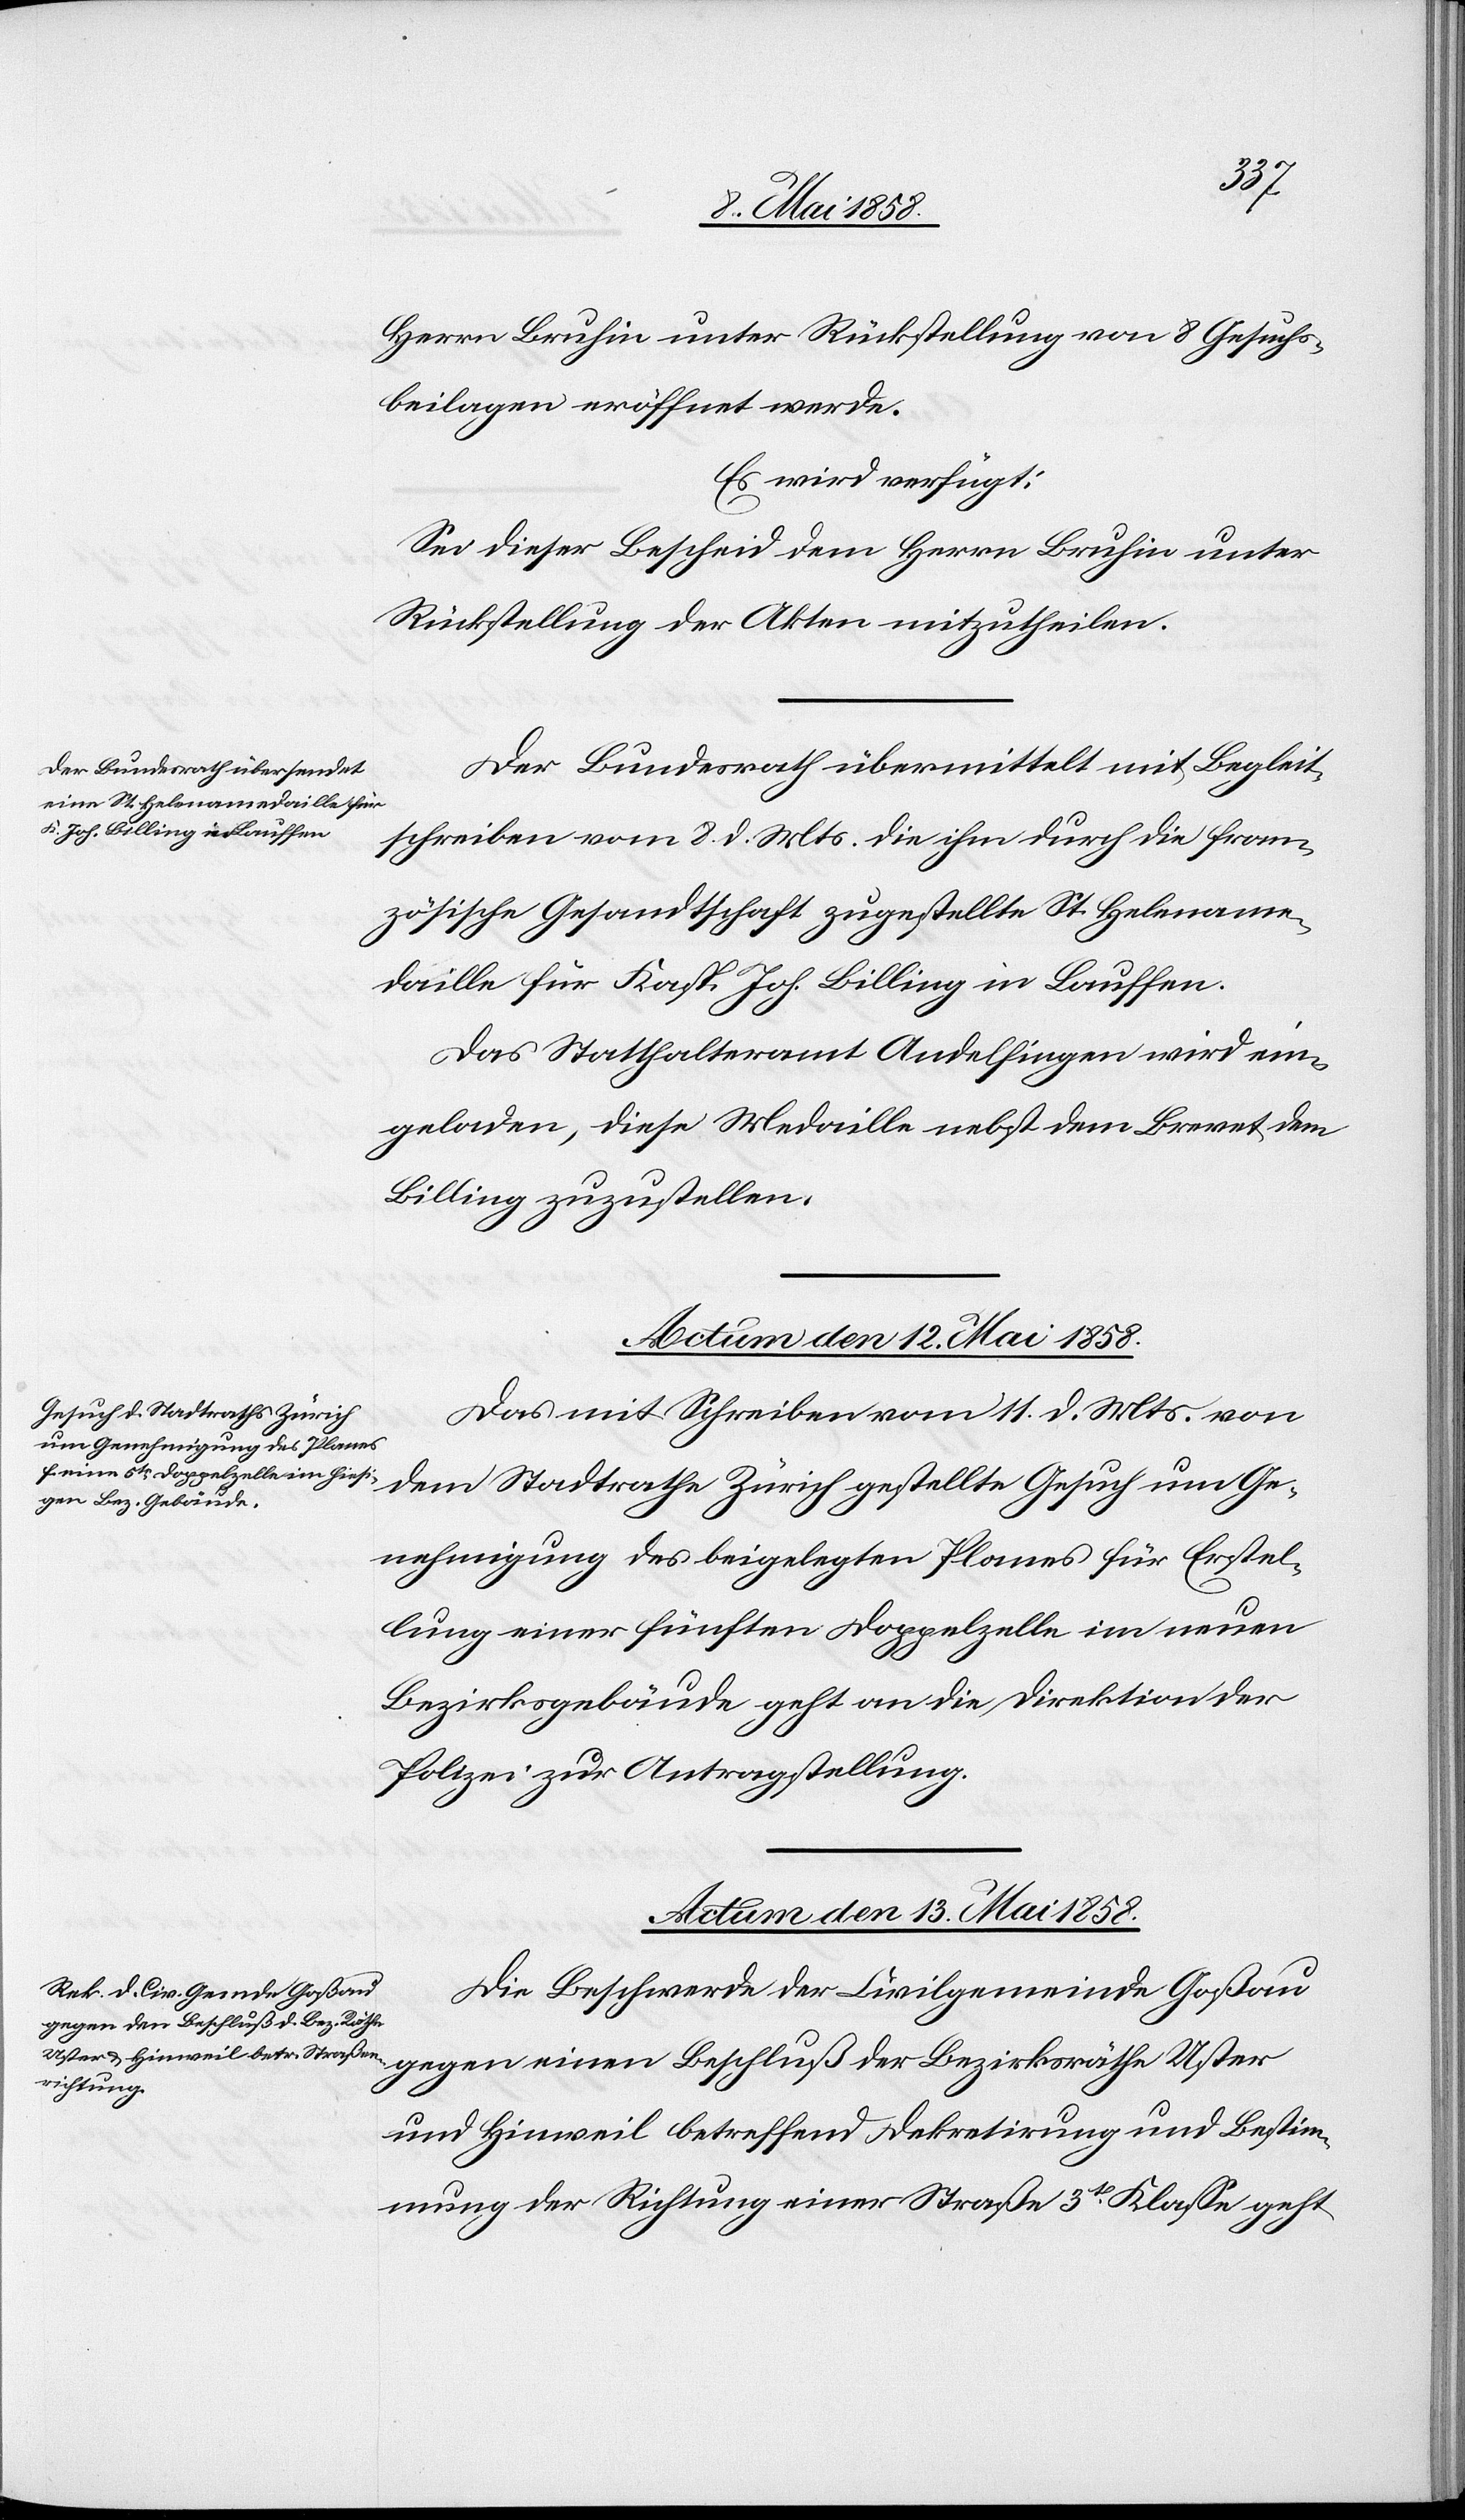
Herrn Bruhin unter Rückstellung von 8 Gesuchs¬
beilagen eröffnet werde.
Es wird verfügt:
Sei dieser Beschluß dem Herrn Bruhin unter
Rückstellung der Akten mitzutheilen.
Der Bundesrath übermittelt mit Begleit¬
schreiben vom 8. d. Mts. die ihm durch die fran¬
zösische Gesandtschaft zugestellte St. Helename¬
daille für Kasp. Joh. Billing in Lauffen.
Das Statthalteramt Andelfingen wird ein¬
geladen, diese Medaille nebst dem Brevet dem
Billing zuzustellen.
Das Schreiben vom 11. d. Mts. von
dem Stadtrathe Zürich gestellte Gesuch um Ge¬
nehmigung des beigelegten Planes für Erstel¬
lung einer fünften Doppelzelle im neuen
Bezirksgebäude geht an die Direktion der
Polizei zur Antragstellung.
Actum den 13. Mai 1858.
Die Beschwerde der Civilgemeinde Goßau
gegen einen Beschluß der Bezirksräthe
Uster
und Hinweil betreffend Dekretirung und Bestim¬
mung der Richtung einer Straße 3te Klasse geht